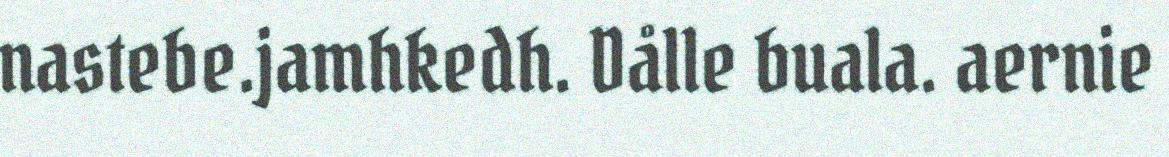
nastebe.jamhkedh. Dålle buala. aernie